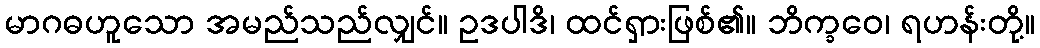
မာဂဓဟူသော အမည်သည်လျှင်။ ဥဒပါဒိ၊ ထင်ရှားဖြစ်၏။ ဘိက္ခဝေ၊ ရဟန်းတို့။